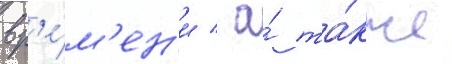
вр'е́м'ен'и / а́ та́кже